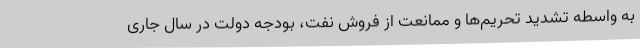
به واسطه تشدید تحریم‌ها و ممانعت از فروش نفت، بودجه دولت در سال جاری